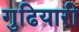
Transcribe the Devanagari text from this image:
गुढियारी